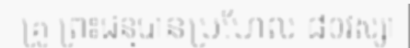
គ្រូ ព្រះជន្មបានប្រហែល ៨០វស្សា